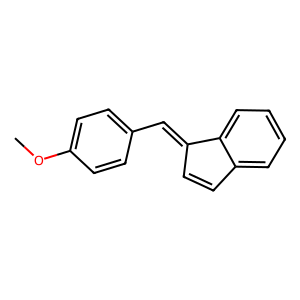
SMILES: COc1ccc(C=C2C=Cc3ccccc32)cc1
Inhibits HIV replication: No